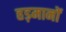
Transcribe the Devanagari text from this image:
हड़मानों